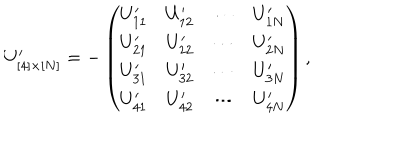
U _ { [ 4 ] \times [ N ] } ^ { \prime } = - \left( \! \begin{array} { c c c c } { { U _ { 1 1 } ^ { \prime } } } & { { U _ { 1 2 } ^ { \prime } } } & { { \cdots } } & { { U _ { 1 N } ^ { \prime } } } \\ { { U _ { 2 1 } ^ { \prime } } } & { { U _ { 2 2 } ^ { \prime } } } & { { \cdots } } & { { U _ { 2 N } ^ { \prime } } } \\ { { U _ { 3 1 } ^ { \prime } } } & { { U _ { 3 2 } ^ { \prime } } } & { { \cdots } } & { { U _ { 3 N } ^ { \prime } } } \\ { { U _ { 4 1 } ^ { \prime } } } & { { U _ { 4 2 } ^ { \prime } } } & { { \cdots } } & { { U _ { 4 N } ^ { \prime } } } \\ \end{array} \! \right) ,